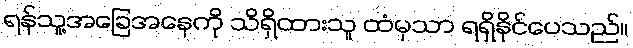
ရန်သူ့အခြေအနေကို သိရှိထားသူ ထံမှသာ ရရှိနိုင်ပေသည်။